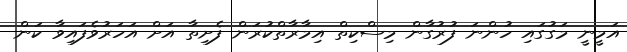
އަމީނީ މަގުގައި ހުންނަ ފުރުގާން މިސްކިތް އިމާރާތްކުރަން ފެށިތާ އަށް އަހަރުވެފައިވާ ކަން